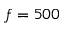
f = 5 0 0